Mental hospitals Bombay report 1921-28 - 1921-1928
Year: 1921
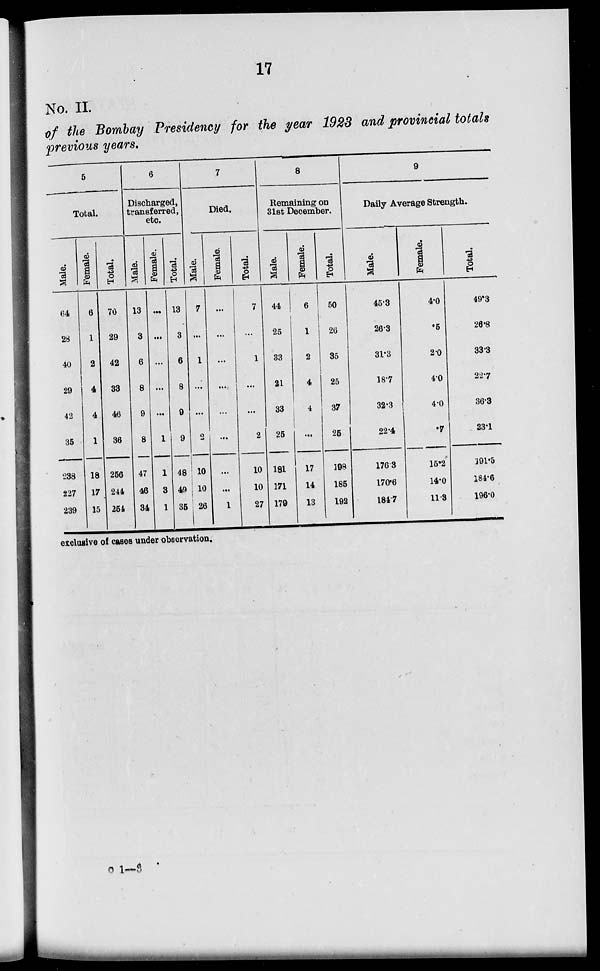
17
No. II.
of the Bombay Presidency for the year 1923 and provincial totals
previous years.
5
Total.
Male.
64
28
40
29
42
35
238
227
239
Female.
6
1
2
4
4
1
18
17
15
Total.
70
29
42
33
46
36
256
244
254
6
Discharged,
transferred,
etc.
Male.
13
3
6
8
9
8
47
46
34
Female.
...
...
...
...
...
1
1
3
1
Total.
13
3
6
8
9
9
48
49
35
7
Died.
Male.
7
...
1
...
...
2
10
10
26
Female.
...
...
...
...
...
...
...
...
1
Total.
7
...
1
...
...
2
10
10
27
8
Remaining on
31st December.
Male.
44
25
33
21
33
25
181
171
179
Female.
6
1
2
4
4
...
17
14
13
Total.
50
26
35
25
37
25
198
185
192
9
Daily Average Strength.
Male.
45.3
26.3
31.3
18.7
32.3
22.4
176.3
170.6
184.7
Female.
4.0
.5
2.0
4.0
4.0
.7
15.2
14.0
11.3
Total.
49.3
26.8
33.3
22.7
36.3
23.1
191.5
184.6
196.0
exclusive of cases under observation.
o 1—3